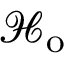
\mathcal { H } _ { \mathrm { o } }